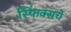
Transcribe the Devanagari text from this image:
स्फिंक्सचे